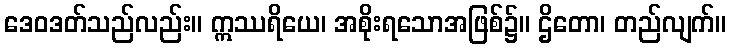
ဒေဝဒတ်သည်လည်း။ ဣဿရိယေ၊ အစိုးရသောအဖြစ်၌။ ဌိတော၊ တည်လျက်။